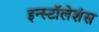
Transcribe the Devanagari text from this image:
इन्स्टॉलेशंस